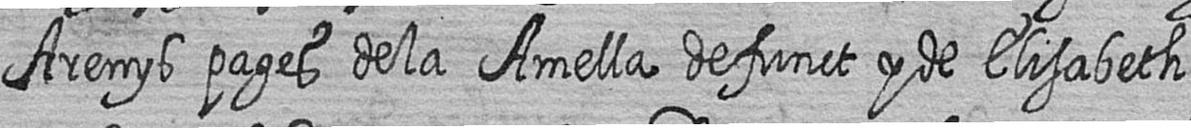
Arenys pages de la Amella defunct y de Elisabeth